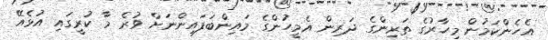
އެހެންކަމުން މިހާރުގެ ތަރިންގެ ދަރިން އެމީހުންގެ މައިންބަފައިންނަށް ވުރެ މާ ކުރީގައި އުޅެއޭ